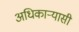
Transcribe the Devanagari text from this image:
अधिकार्‍यासी